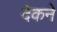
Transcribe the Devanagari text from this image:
देकने